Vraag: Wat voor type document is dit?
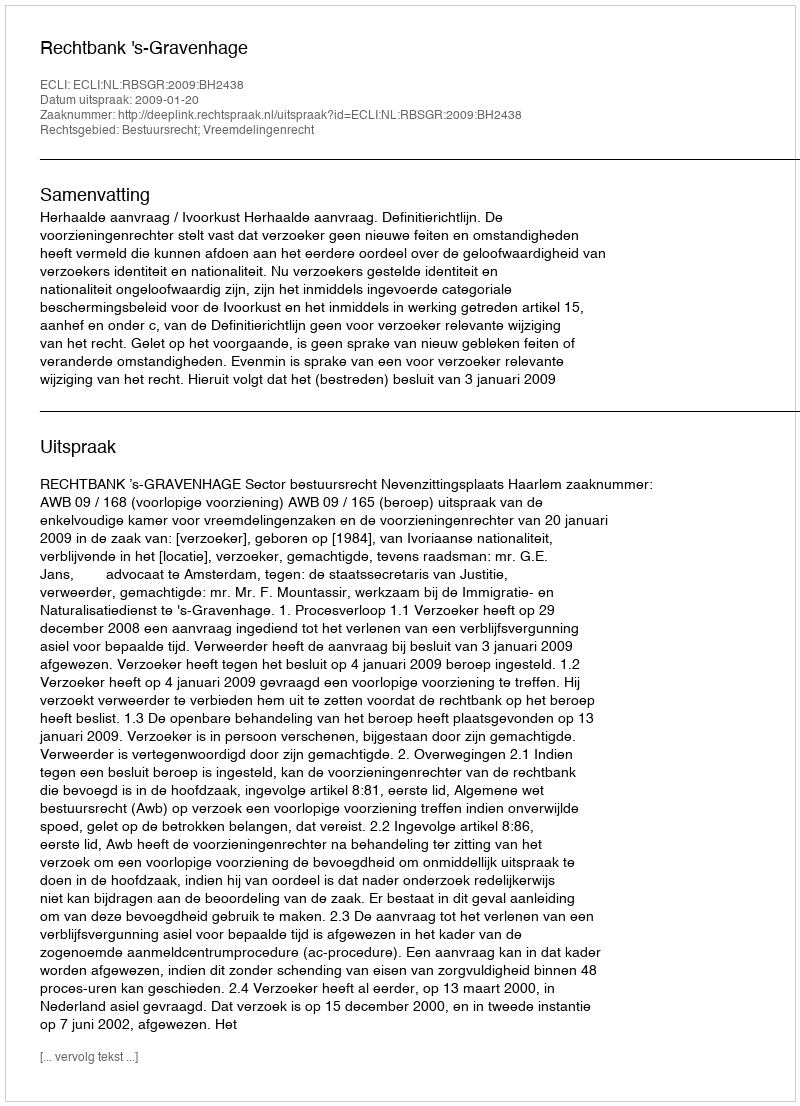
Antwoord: Uitspraak